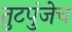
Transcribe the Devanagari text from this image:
तुटपुंजेच